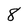
Character: 8